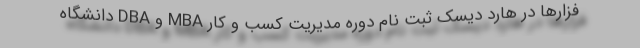
فزارها در هارد دیسک ثبت نام دوره مدیریت کسب و کار MBA و DBA دانشگاه